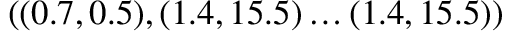
( ( 0 . 7 , 0 . 5 ) , ( 1 . 4 , 1 5 . 5 ) \dots ( 1 . 4 , 1 5 . 5 ) )